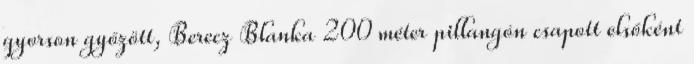
gyorson győzött, Berecz Blanka 200 méter pillangón csapott elsőként